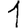
Digit: 1